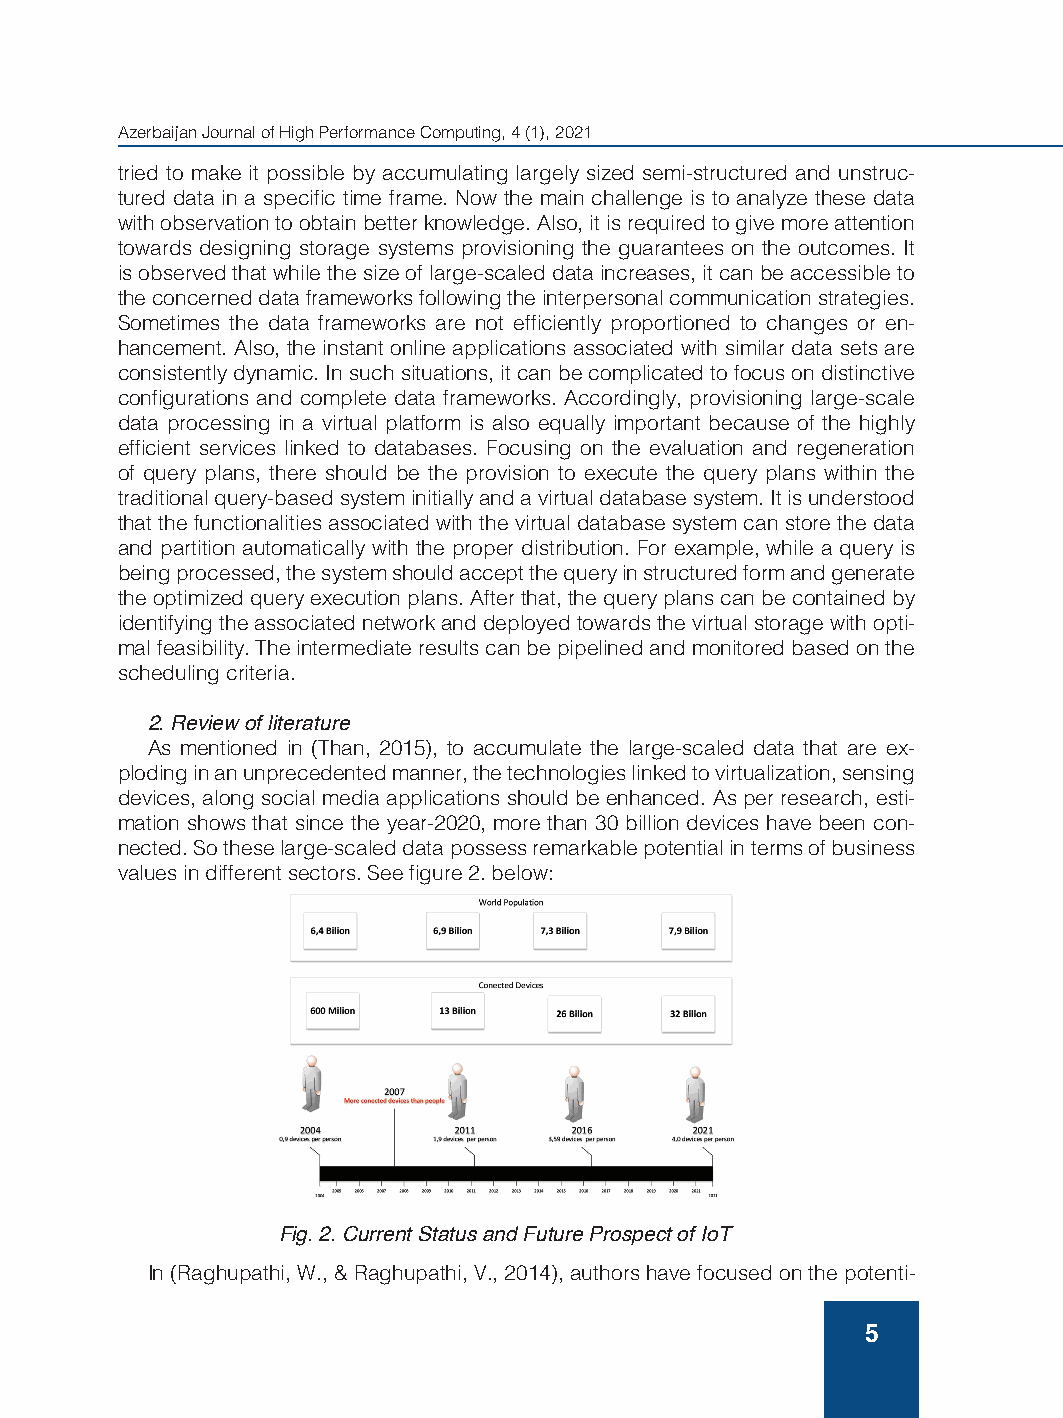
Azerbaijan Journal of High Performance Computing, 4 (1), 2021
 tried to make it possible by accumulating largely sized semi-structured and unstruc-
 tured data in a specific time frame. Now the main challenge is to analyze these data
 with observation to obtain better knowledge. Also, it is required to give more attention
 towards designing storage systems provisioning the guarantees on the outcomes. It
 is observed that while the size of large-scaled data increases, it can be accessible to
 the concerned data frameworks following the interpersonal communication strategies.
 Sometimes the data frameworks are not efficiently proportioned to changes or en-
 hancement. Also, the instant online applications associated with similar data sets are
 consistently dynamic. In such situations, it can be complicated to focus on distinctive
 configurations and complete data frameworks. Accordingly, provisioning large-scale
 data processing in a virtual platform is also equally important because of the highly
 efficient services linked to databases. Focusing on the evaluation and regeneration
 of query plans, there should be the provision to execute the query plans within the
 traditional query-based system initially and a virtual database system. It is understood
 that the functionalities associated with the virtual database system can store the data
 and partition automatically with the proper distribution. For example, while a query is
 being processed, the system should accept the query in structured form and generate
 the optimized query execution plans. After that, the query plans can be contained by
 identifying the associated network and deployed towards the virtual storage with opti-
 mal feasibility. The intermediate results can be pipelined and monitored based on the
 scheduling criteria.
 2. Review of literature
 As mentioned in (Than, 2015), to accumulate the large-scaled data that are ex-
 ploding in an unprecedented manner, the technologies linked to virtualization, sensing
 devices, along social media applications should be enhanced. As per research, esti-
 mation shows that since the year-2020, more than 30 billion devices have been con-
 nected. So these large-scaled data possess remarkable potential in terms of business
 values in different sectors. See figure 2. below:
 Fig. 2. Current Status and Future Prospect of IoT
 In (Raghupathi, W., & Raghupathi, V., 2014), authors have focused on the potenti-
 5